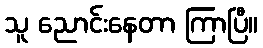
သူ ညောင်းနေတာ ကြာပြီ။